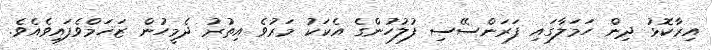
އިރާކޮޅު ދިން ހަމަލާގައި ފަރަންސޭސި ފުލުހުންގެ އެކަކު މަރުވެ އިތުރު ދެމީހުން ޒަޚަމްވެފައިވެއެވެ.